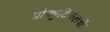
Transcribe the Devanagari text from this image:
प्रोक्युटिकलची